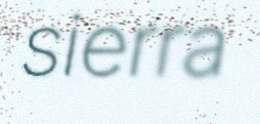
sierra